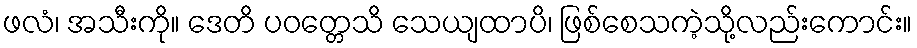
ဖလံ၊ အသီးကို။ ဒေတိ ပဝတ္တေသိ သေယျထာပိ၊ ဖြစ်စေသကဲ့သို့လည်းကောင်း။